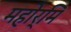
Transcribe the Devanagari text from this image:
महोर्मि